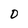
Character: D